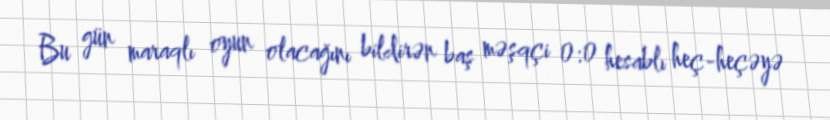
Bu gün maraqlı oyun olacağını bildirən baş məşqçi 0:0 hesablı heç-heçəyə